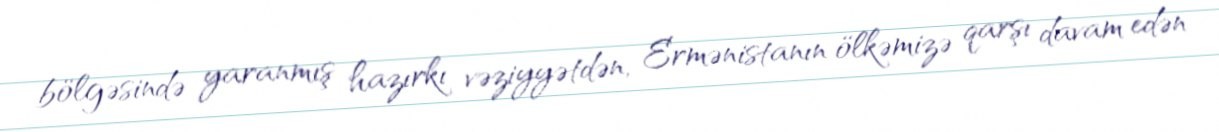
bölgəsində yaranmış hazırkı vəziyyətdən, Ermənistanın ölkəmizə qarşı davam edən